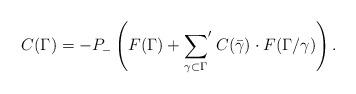
LaTeX: \begin{align*}C(\Gamma)=-P_{-}\left(F(\Gamma)+{\sum_{\gamma\subset\Gamma}}'\;C(\bar{\gamma})\cdot F(\Gamma/\gamma)\right).\end{align*}